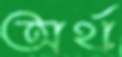
অর্থ